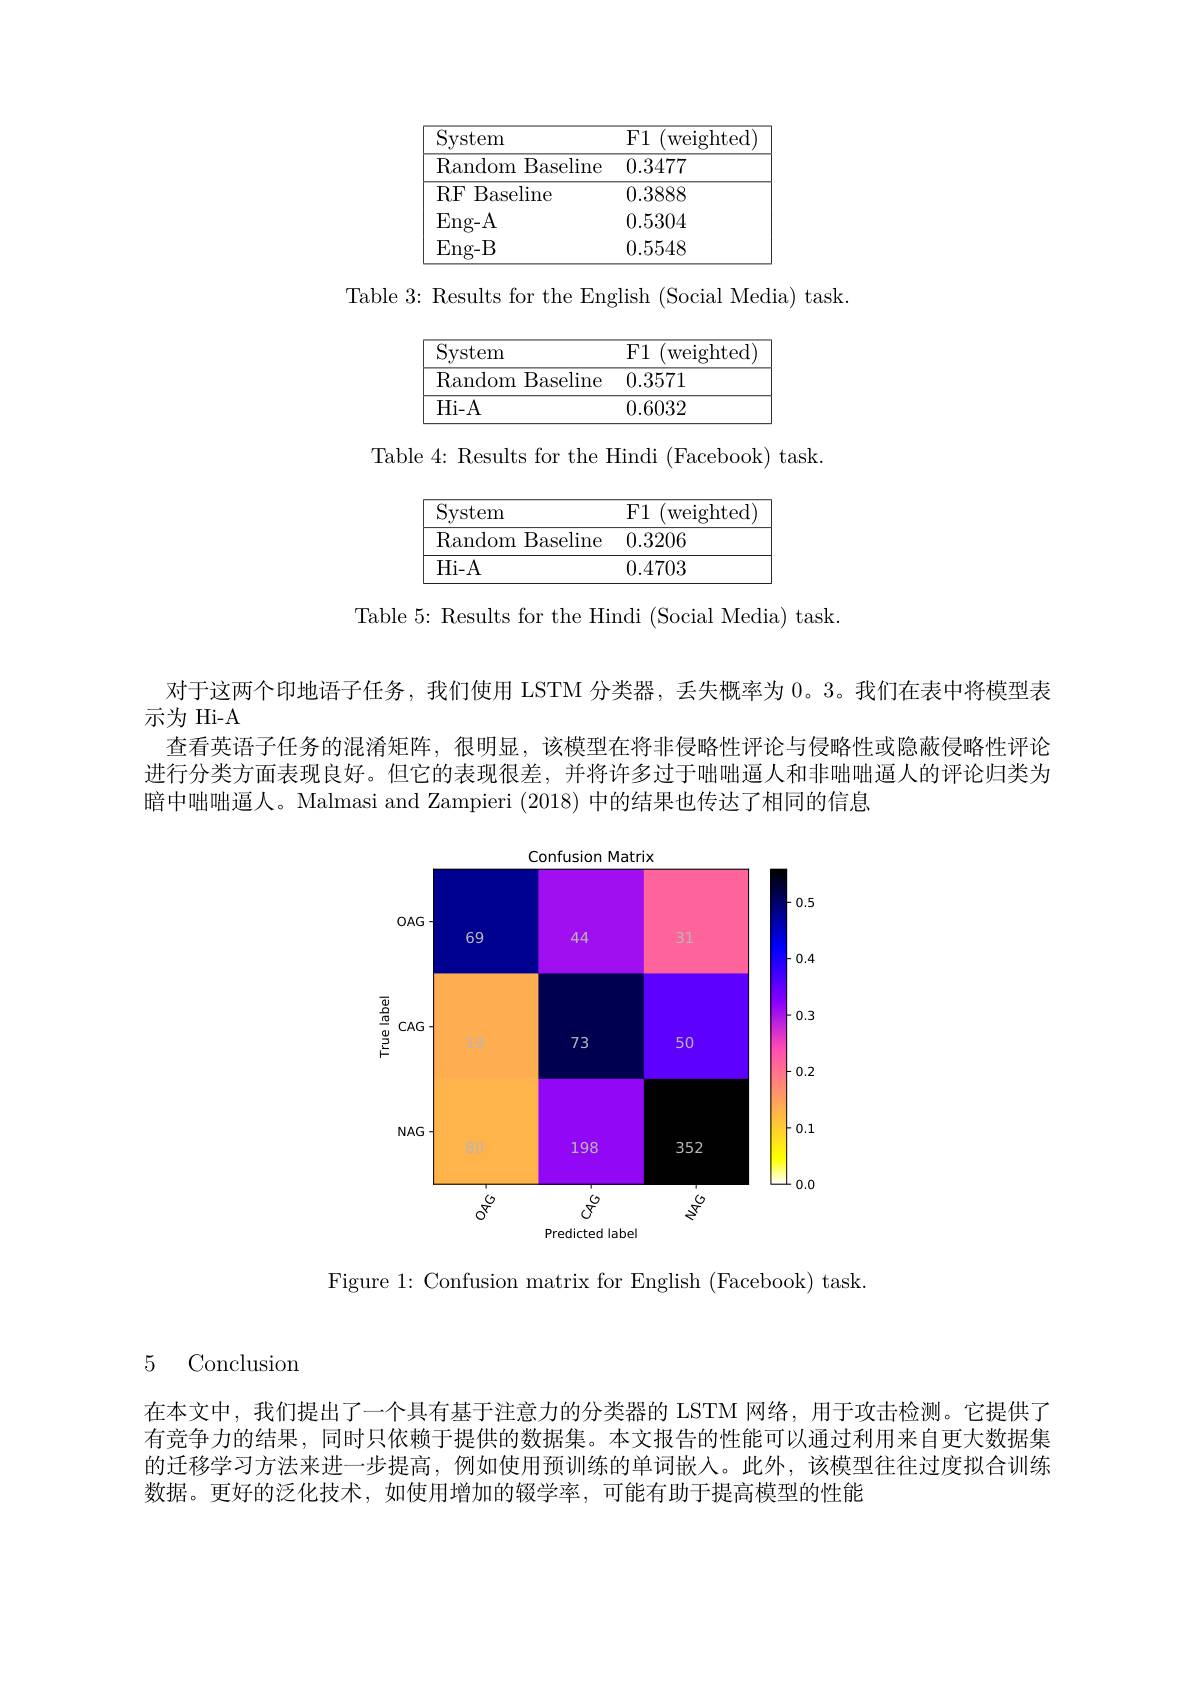
$\begin{array}{c}{{\mathrm{F1~(weighted)}}}\end{array}$
$\operatorname{System}$
${\overline{\mathrm{Random~Baseline}\:0.3477}}$
${\overline{\mathrm{RF}\text{Baseline}}}$
0.3888
Eng-A
0.5304
Eng-B
0.5548

Table 3: Results for the English (Social Media) task.

${\mathrm{System}}$
${\overline{{\mathrm{F1~(weighted)}}}}$
${\mathrm{Random~Baseline}}$ 0.3571
$\overline{\mathrm{Hi-A}}$
$\overline{0.6032}$

Table 4: Results for the Hindi (Facebook) task.

$\boxed{\mathrm{System}}$
$\begin{array}{c}{{\mathrm{F1~(weighted)}}}\\{{\mathrm{F1~(weighted)}}}\end{array}$
Random Baseline 0.3206
$\overline{\mathrm{Hi-A}}$
$\overline{0.4703}$

Table 5: Results for the Hindi (Social Media) task.

对于这两个印地语子任务，我们使用 LSTM 分类器，丢失概率为0。3。我们在表中将模型表
示为 Hi-A
查看英语子任务的混淆矩阵，很明显，该模型在将非侵略性评论与侵略性或隐蔽侵略性评论进行分类方面表现良好。但它的表现很差，并将许多过于咄咄逼人和非咄咄逼人的评论归类为暗中咄咄逼人。Malmasi and Zampieri (2018)中的结果也传达了相同的信息

<FigureHere>

Figure 1: Confusion matrix for English (Facebook) task

5 Conclusion

在本文中，我们提出了一个具有基于注意力的分类器的 LSTM 网络，用于攻击检测。它提供了有竞争力的结果，同时只依赖于提供的数据集。本文报告的性能可以通过利用来自更大数据集的迁移学习方法来进一步提高，例如使用预训练的单词嵌入。此外，该模型往往过度拟合训练数据。更好的泛化技术，如使用增加的辍学率，可能有助于提高模型的性能